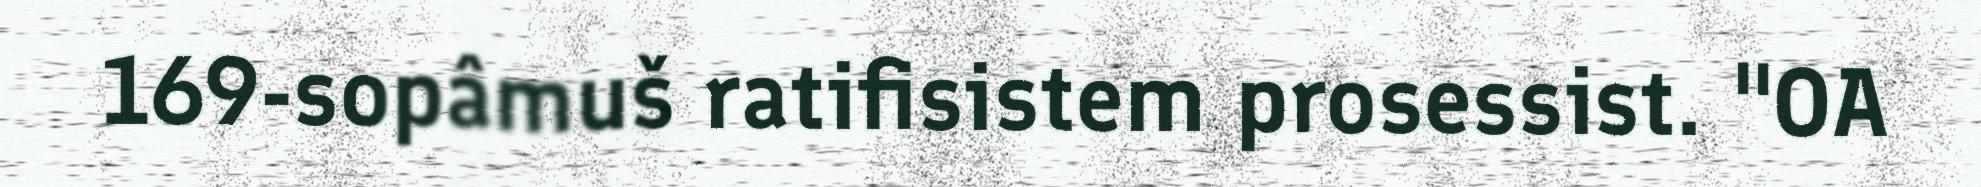
169-sopâmuš ratifisistem prosessist. "OA